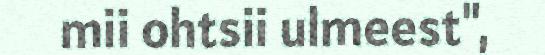
mii ohtsii ulmeest",